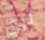
ثري